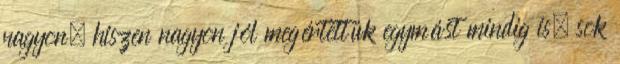
nagyon, hiszen nagyon jól megértettük egymást mindig is, sok